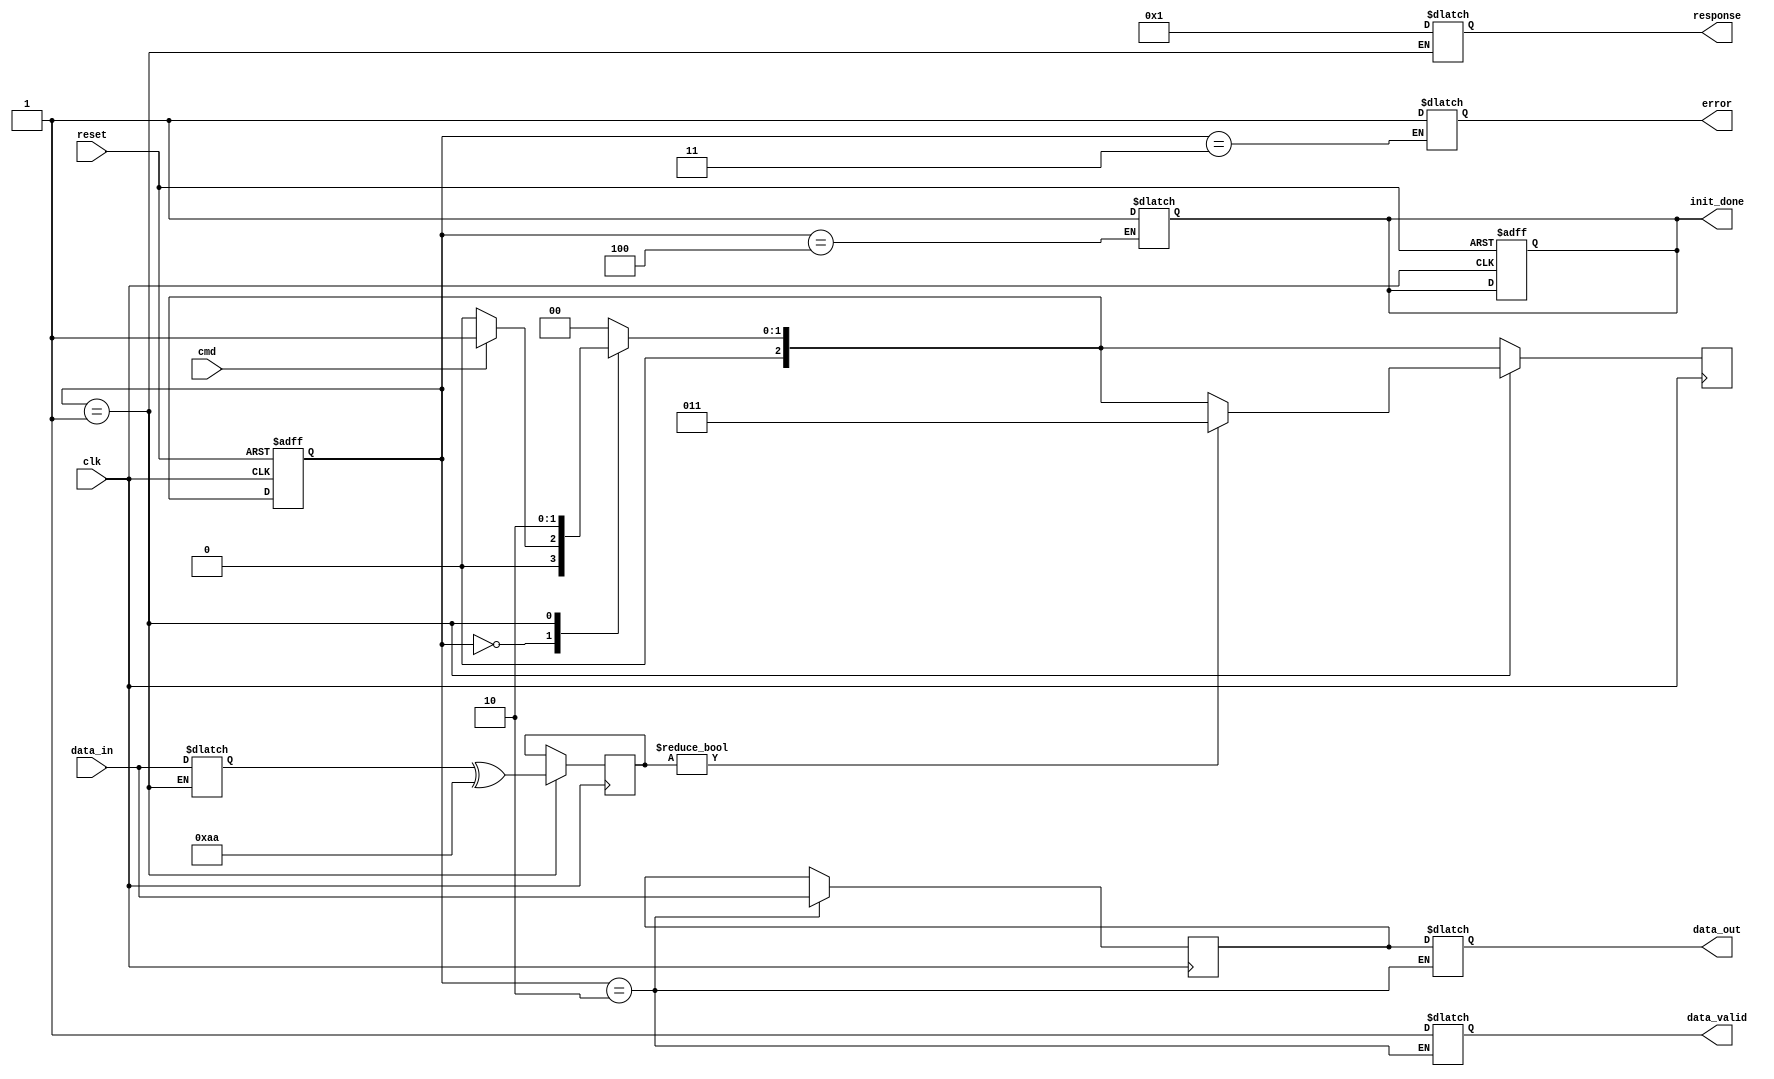
module sd_io_block (
    // Input signals
    input wire clk,                // System Clock
    input wire reset,              // System Reset
    input wire cmd,                // Command line
    input wire [3:0] data_in,      // Data input lines (D0-D3)
    // Output signals
    output reg [3:0] data_out,     // Data output lines (D0-D3)
    output reg data_valid,          // Data valid signal
    output reg [7:0] response,      // Response to command
    output reg error,               // Error signal
    output reg init_done            // Initialization done signal
);

localparam IDLE         = 3'b000;
localparam COMMAND      = 3'b001;
localparam DATA_TRANSFER = 3'b010;
localparam ERROR_STATE  = 3'b011;
localparam INITIALIZE   = 3'b100;

reg [2:0] state, next_state;
reg [3:0] buffer;             // Buffer for data transfer
reg [7:0] crc;                // CRC placeholder
reg [3:0] cmd_buffer;         // Buffer to store command

// State machine
always @(posedge clk or posedge reset) begin
    if (reset) begin
        state <= INITIALIZE;
        init_done <= 0;
    end else begin
        state <= next_state;
    end
end

// Next state logic
always @(*) begin
    case (state)
        INITIALIZE: begin
            // Initialization process
            // Normally, this would involve sending specific commands
            // to configure the SD card. Here we just simulate it.
            init_done = 1;
            next_state = IDLE;  // Move to IDLE after initialization
        end
        
        IDLE: begin
            if (cmd) begin // Assuming positive edge indicates a command
                next_state = COMMAND;
            end else begin
                next_state = IDLE;
            end
        end

        COMMAND: begin
            cmd_buffer <= data_in;   // Read command
            response <= 8'b00000001; // Simulated response
            next_state = DATA_TRANSFER;
        end

        DATA_TRANSFER: begin
            data_out <= buffer;      // Output data
            data_valid <= 1;         // Data valid signal
            // Simulated data handling
            // You would normally write this to memory here
            next_state = IDLE;       // Go back to IDLE after transfer
        end

        ERROR_STATE: begin
            error <= 1;              // Indicate an error occurred
            next_state = IDLE;       // Move to IDLE
        end

        default: next_state = IDLE; // Fallback to IDLE state

    endcase
end

// Data handling
always @(posedge clk) begin
    if (state == DATA_TRANSFER) begin
        // Simulated data acquisition
        buffer <= data_in;       // Capture incoming data
    end
end

// CRC and Error handling (simplified)
always @(posedge clk) begin
    if (state == COMMAND) begin
        // Simulate CRC Calculation
        crc <= cmd_buffer ^ 8'b10101010; // Dummy CRC calculation
        // If there's a CRC error you'd normally go to ERROR_STATE
        // Here it's simply a simulation
        if (crc != 8'b00000000) begin
            next_state = ERROR_STATE;
        end
    end
end

endmodule